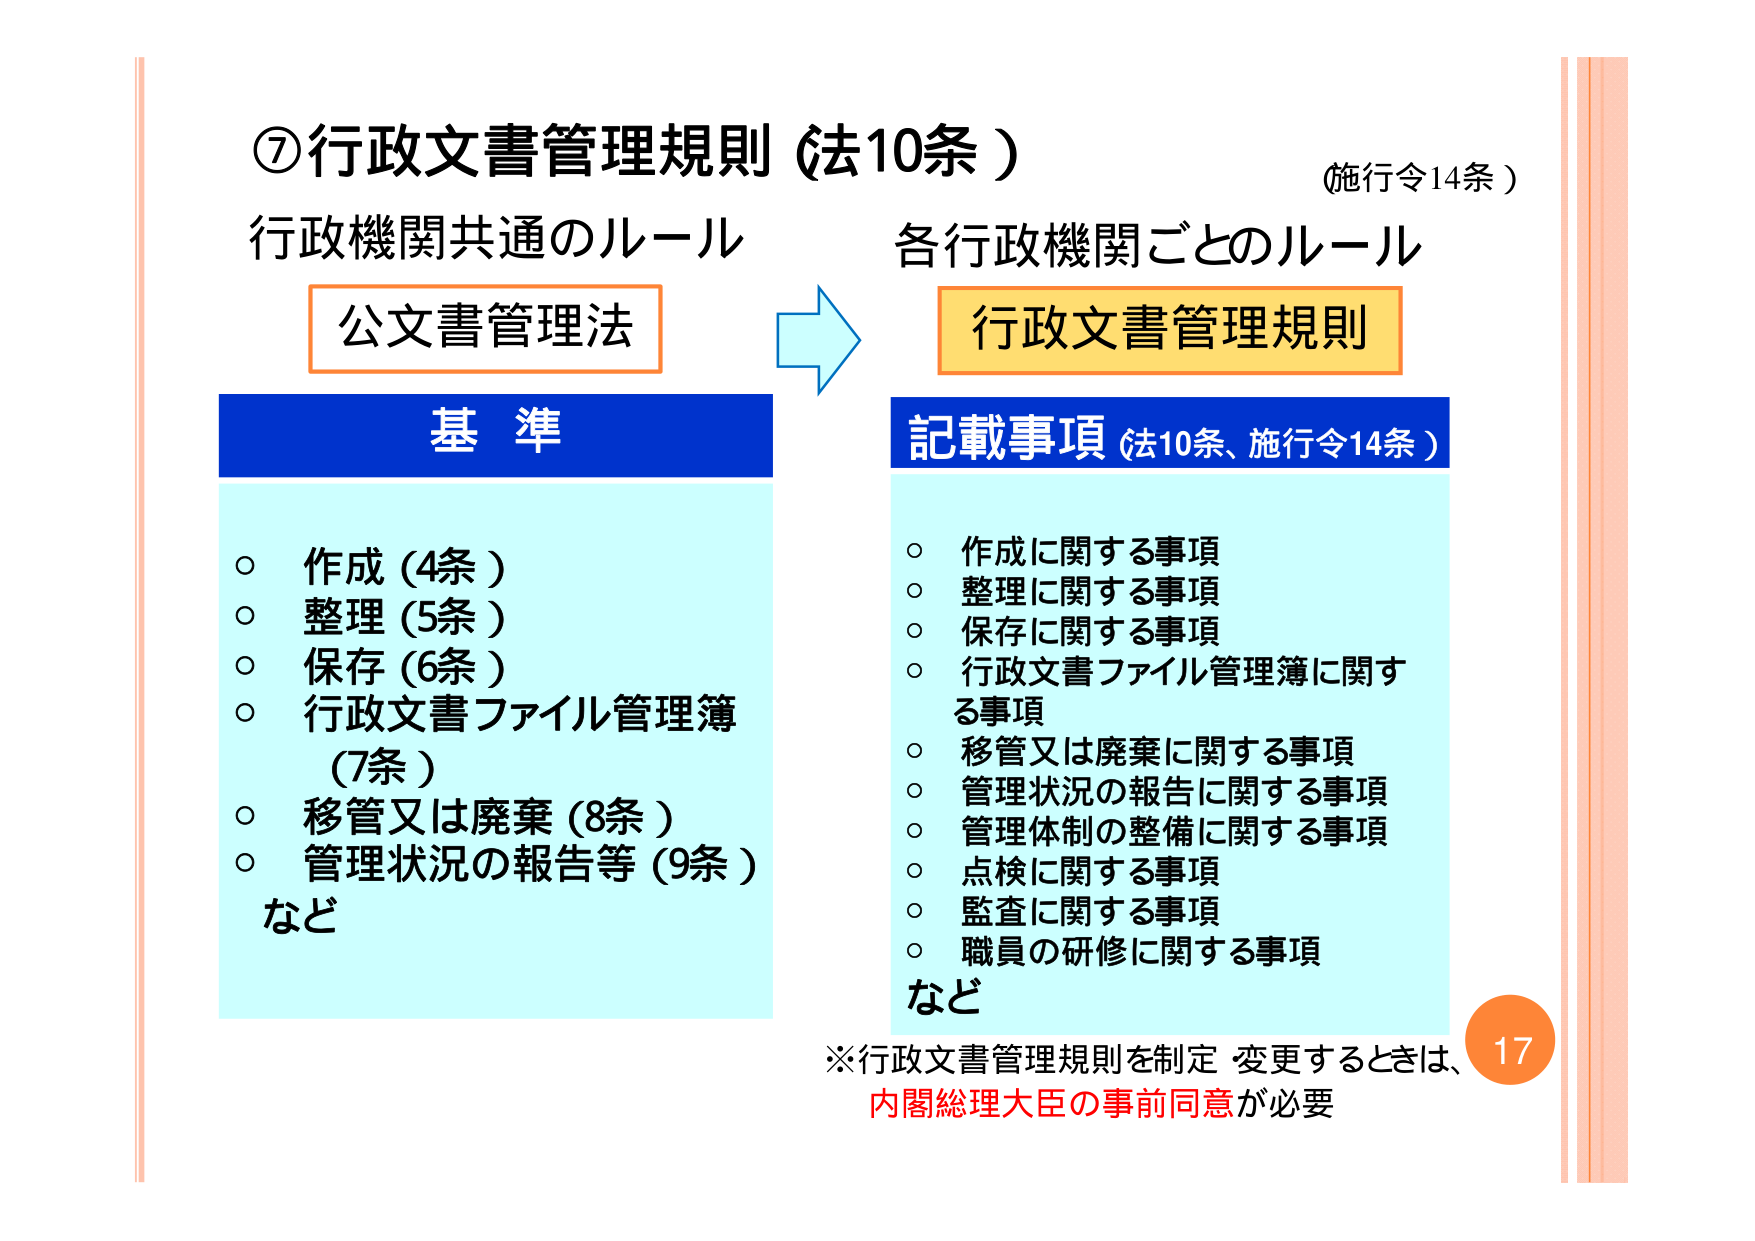
⑦行政文書管理規則（法10条）
（施行令14条）

行政機関共通のルール
公文書管理法

各行政機関ごとのルール
行政文書管理規則

基 準
○ 作成（4条）
○ 整理（5条）
○ 保存（6条）
○ 行政文書ファイル管理簿（7条）
○ 移管又は廃棄（8条）
○ 管理状況の報告等（9条）
など

記載事項（法10条、施行令14条）
○ 作成に関する事項
○ 整理に関する事項
○ 保存に関する事項
○ 行政文書ファイル管理簿に関する事項
○ 移管又は廃棄に関する事項
○ 管理状況の報告に関する事項
○ 管理体制の整備に関する事項
○ 点検に関する事項
○ 監査に関する事項
○ 職員の研修に関する事項
など

※行政文書管理規則を制定・変更するときは、
内閣総理大臣の事前同意が必要

17